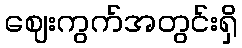
ဈေးကွက်အတွင်းရှိ